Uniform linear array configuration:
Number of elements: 24
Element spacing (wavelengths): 1
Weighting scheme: exponential
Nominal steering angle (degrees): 15
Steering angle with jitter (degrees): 16.893
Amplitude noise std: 0.05
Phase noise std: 0.05

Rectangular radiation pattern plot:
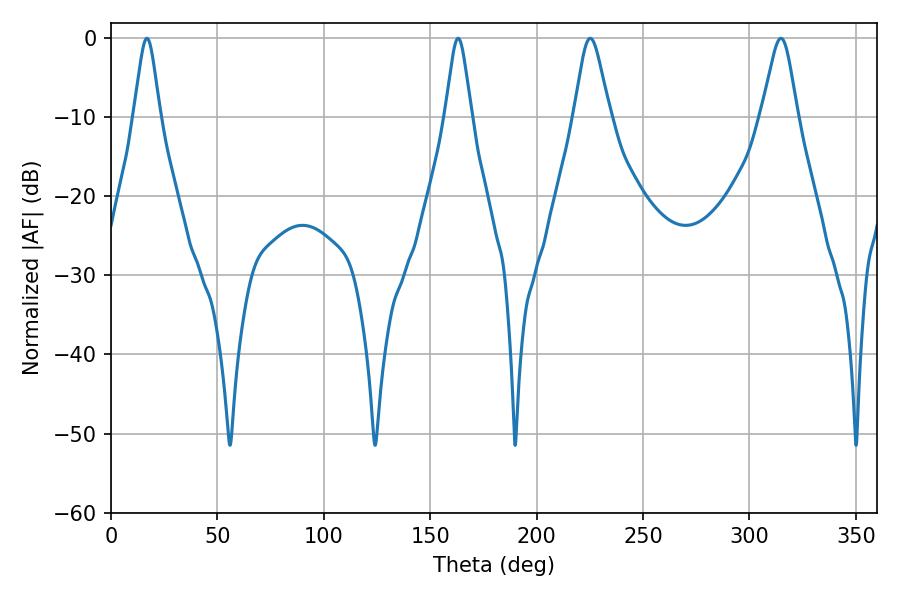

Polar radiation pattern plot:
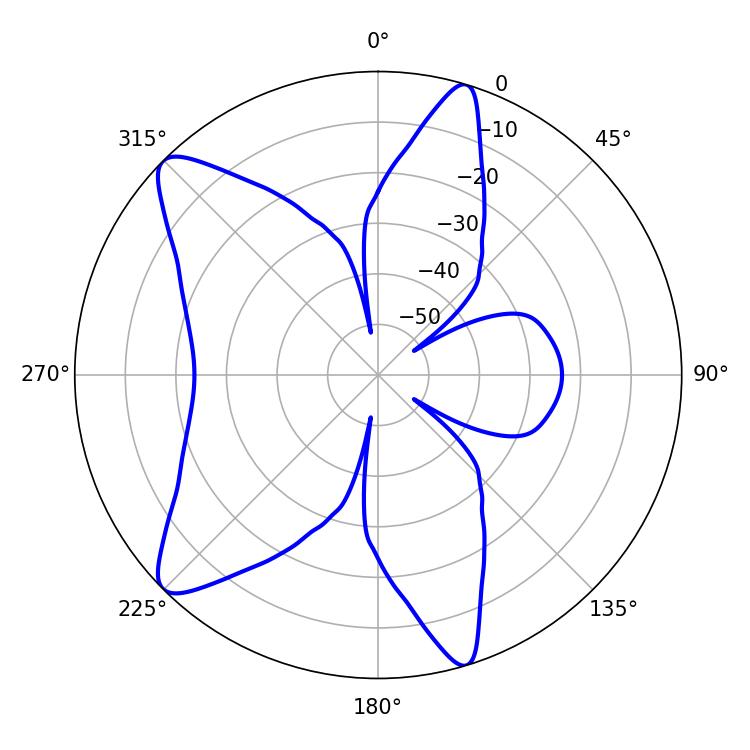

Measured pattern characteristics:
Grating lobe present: TRUE
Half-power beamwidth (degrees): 8.1
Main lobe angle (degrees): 225.18